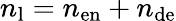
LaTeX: n_{\mathrm{l}}=n_{\mathrm{en}}+n_{\mathrm{de}}